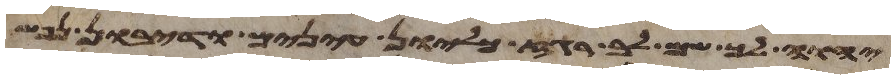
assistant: יהוה לך שם לב רגז כליון עינים ודיבון נפש